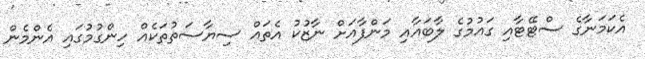
އެކަމަނާގެ ސްޓޭޓާއި ގައުމުގެ ލާބައާއި މަންފާއަށް ނާޒުކު އެތައް ސިޔާސަތުތަކެއް ހިންގުމުގައި އެންމެން